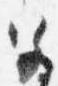
宮